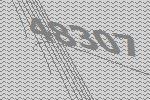
48307